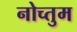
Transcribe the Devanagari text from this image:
नोच्तुम